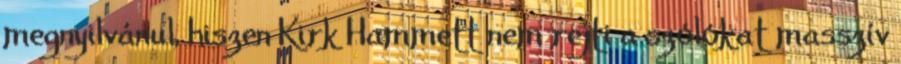
megnyilvánul, hiszen Kirk Hammett nem rejti a szólókat masszív